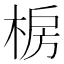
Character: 椖